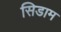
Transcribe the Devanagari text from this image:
सिडाम